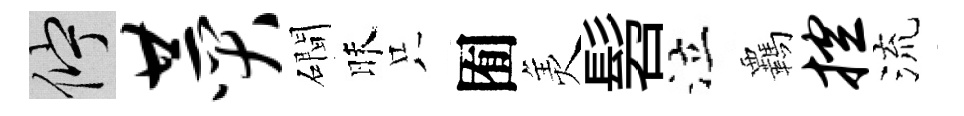
伫赞磵昧只囿羙髫泣覊控流